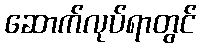
ဆောက်လုပ်ရာတွင်